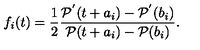
f _ { i } ( t ) = \frac { 1 } { 2 } \frac { { \cal P } ^ { ' } ( t + a _ { i } ) - { \cal P } ^ { ' } ( b _ { i } ) } { { \cal P } ( t + a _ { i } ) - { \cal P } ( b _ { i } ) } .